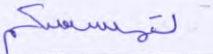
تمسسكم